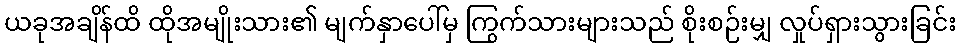
ယခုအချိန်ထိ ထိုအမျိုးသား၏ မျက်နှာပေါ်မှ ကြွက်သားများသည် စိုးစဉ်းမျှ လှုပ်ရှားသွားခြင်း